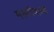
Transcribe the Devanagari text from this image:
मल्टीवाल्ड